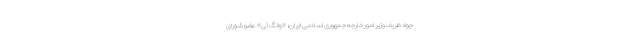
جواد ظریف وزیر امور خارجه جمهوری اسلامی ایران، «وانگ ئی» عضو شورای